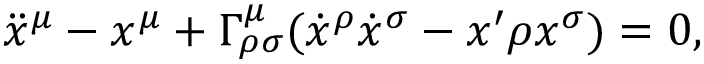
\ddot { x } ^ { \mu } - x ^ { \mu } + \Gamma _ { \rho \sigma } ^ { \mu } ( \dot { x } ^ { \rho } \dot { x } ^ { \sigma } - x ^ { \prime } \rho x ^ { \sigma } ) = 0 ,